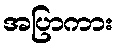
အပြာကား